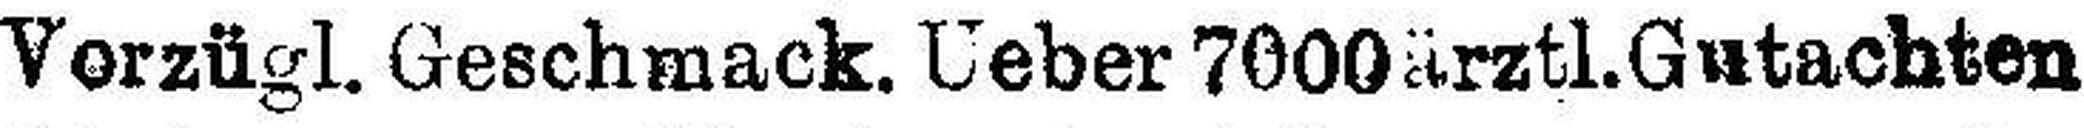
Vorzügl. Geschmack. Ueber 7000ärztl.Gutachten